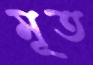
মূত